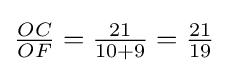
{\tfrac {OC}{OF}}={\tfrac {21}{10+9}}={\tfrac {21}{19}}